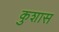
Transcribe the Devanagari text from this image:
कुशास